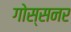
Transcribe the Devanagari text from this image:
गोस्सनर